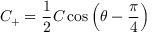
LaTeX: C _ { + } = { \frac { 1 } { 2 } } C \cos { \left( \theta - { \frac { \pi } { 4 } } \right) }